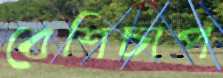
বেশিচাপ